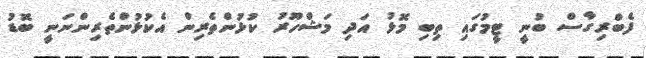
ފެބްރިގާސް ބުނީ ޓީމުގައި ތިބި މޮޅު އަދި މަޝްހޫރު ކުޅުންތެރިން އެކުޅުންތެރިންނަނީ ބޮޑު